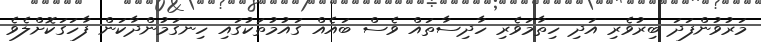
މަރުވުންފަދަ ބިރުވެރި އަދި ހިތާމަވެރި ހާދިސާތައް ވެސް ބައެއް ގައުމުތަކުގައި ހިނގަމުންދާކަން ފާހަގަކޮށްލެވެ